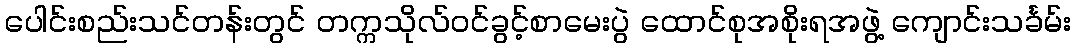
ပေါင်းစည်းသင်တန်းတွင် တက္ကသိုလ်ဝင်ခွင့်စာမေးပွဲ ထောင်စုအစိုးရအဖွဲ့ ကျောင်းသင်္ခမ်း